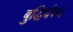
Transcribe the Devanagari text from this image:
बुद्धिर्यस्य